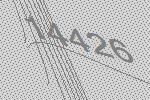
14426